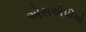
એસએપીએ